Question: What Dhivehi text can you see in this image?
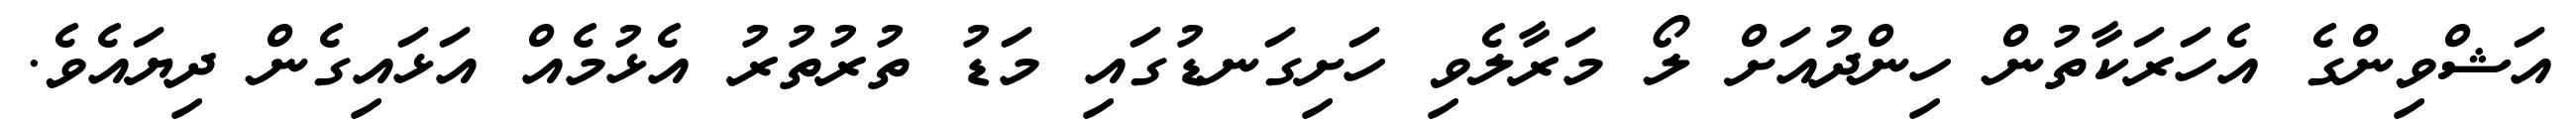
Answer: އަޝްވިންގެ އެހަރަކާތުން ހިންދުއަށް ލޯ މަރާލެވި ހަށިގަނޑުގައި މަޑު ތުރުތުރު އެޅުމެއް އަޅައިގެން ދިޔައެވެ.